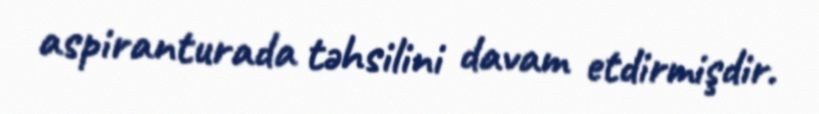
aspiranturada təhsilini davam etdirmişdir.